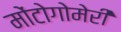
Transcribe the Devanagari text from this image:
मोंटोगोमेरी